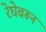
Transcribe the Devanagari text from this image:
रेघेवरून